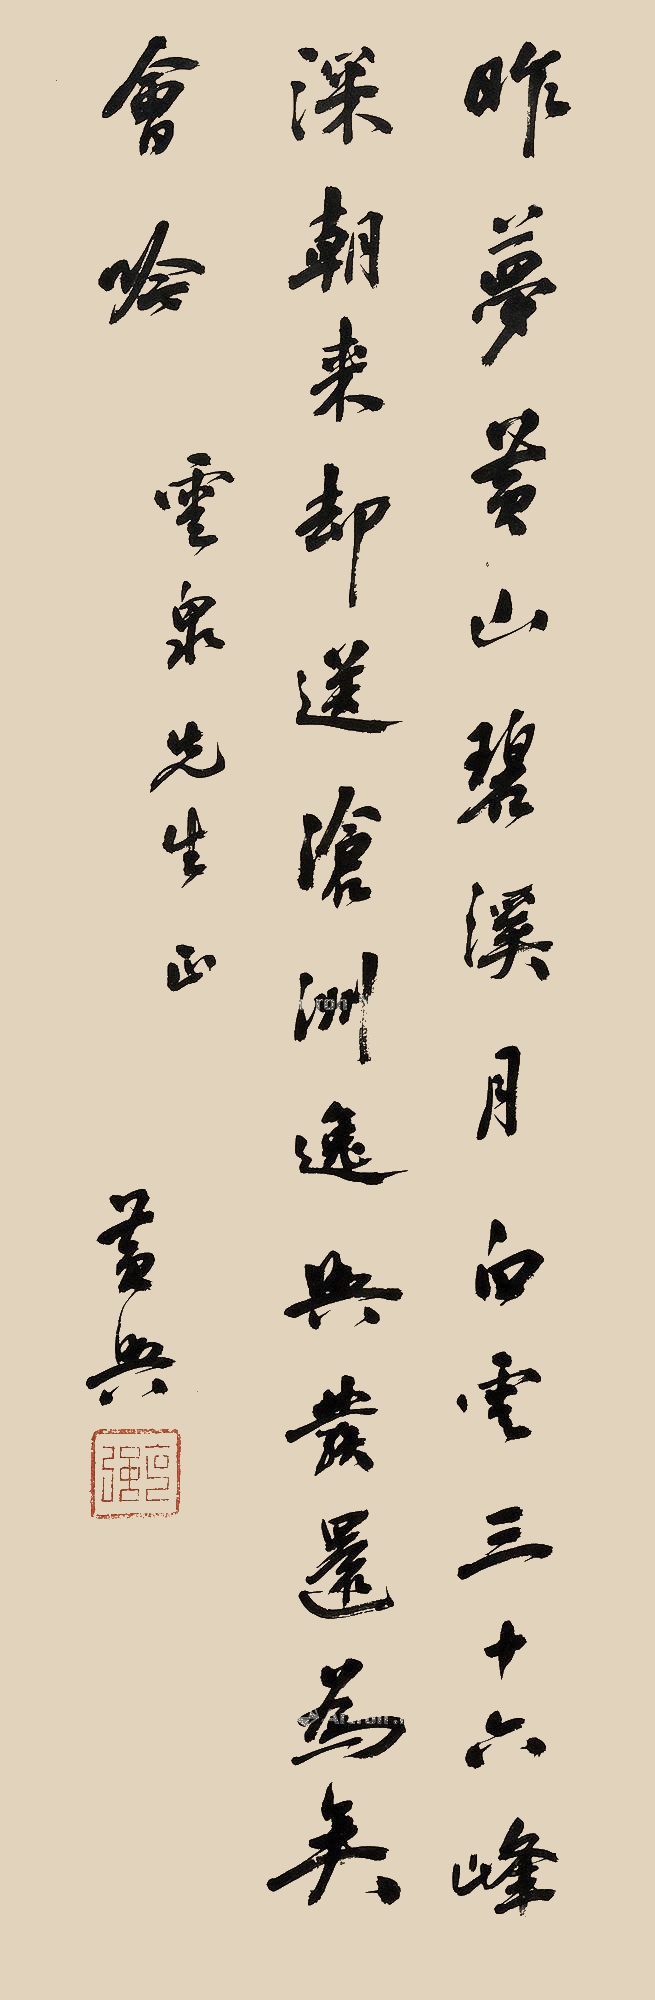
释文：昨梦黄山碧溪月，白云三十六峰深。朝来却送沧洲逸，兴发还为吴会吟。云泉先生正。黄兴。